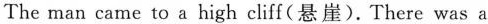
The man came to a high cliff(悬崖). There was a